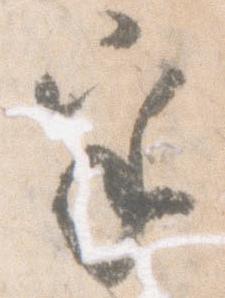
乎